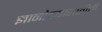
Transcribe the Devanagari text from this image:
ज्ञानोदयासाठीची